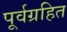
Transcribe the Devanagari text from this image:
पूर्वग्रहित